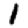
Digit: 1